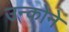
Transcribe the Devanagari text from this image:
उन्कोने